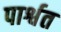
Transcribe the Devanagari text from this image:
पार्श्वत